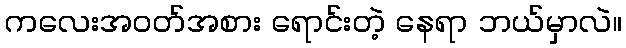
ကလေးအဝတ်အစား ရောင်းတဲ့ နေရာ ဘယ်မှာလဲ။